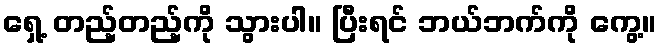
ရှေ့ တည့်တည့်ကို သွားပါ။ ပြီးရင် ဘယ်ဘက်ကို ကွေ့။